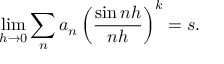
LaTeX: \operatorname* { l i m } _ { h \rightarrow 0 } \sum _ { n } a _ { n } \left( { \frac { \sin n h } { n h } } \right) ^ { k } = s .